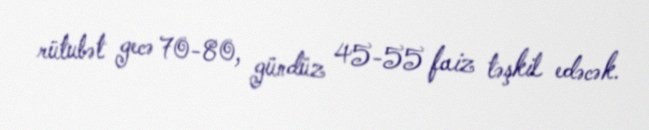
rütubət gecə 70-80, gündüz 45-55 faiz təşkil edəcək.